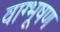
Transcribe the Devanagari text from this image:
वाग्भूषण